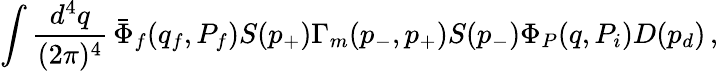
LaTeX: \int\frac{d^{4}q}{(2\pi)^{4}}\, \bar{\Phi}_{f}(q_{f},P_{f})S(p_{+})\Gamma_{m}(p_{-},p_{+})S(p_{-})\Phi_{P}(q,P_{i})D(p_{d})\, ,